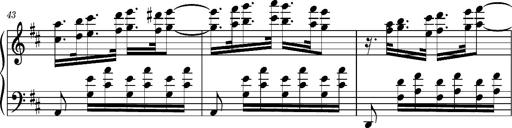
Title: Ungarischer Romanzero
Composer: Franz Liszt